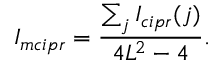
I _ { m c i p r } = \frac { \sum _ { j } I _ { c i p r } ( j ) } { 4 L ^ { 2 } - 4 } .